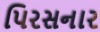
પિરસનાર